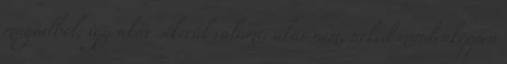
magadból, így akár sikerül valami, akár nem, neked mindenképpen